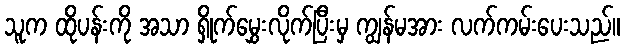
သူက ထိုပန်းကို အသာ ရှိုက်မွှေးလိုက်ပြီးမှ ကျွန်မအား လက်ကမ်းပေးသည်။